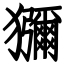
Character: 獼